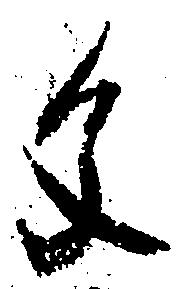
文